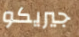
جيريكو